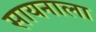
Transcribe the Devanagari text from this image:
सायनाला